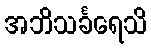
အဘိသင်္ခရေသိ